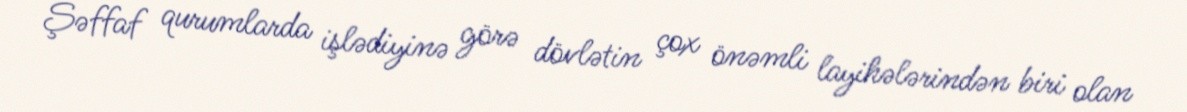
Şəffaf qurumlarda işlədiyinə görə dövlətin çox önəmli layihələrindən biri olan